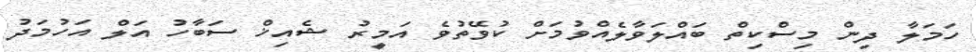
ހަމަލާ ދިން މިސްކިތް ބައްލަވާލެއްވުމަށް ކުވޭތުވެ އަމީރު ޝެއިޚް ސަބާހު އަލް އަހުމަދު